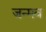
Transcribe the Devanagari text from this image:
जन्मव